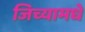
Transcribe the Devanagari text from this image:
जिच्यामधे